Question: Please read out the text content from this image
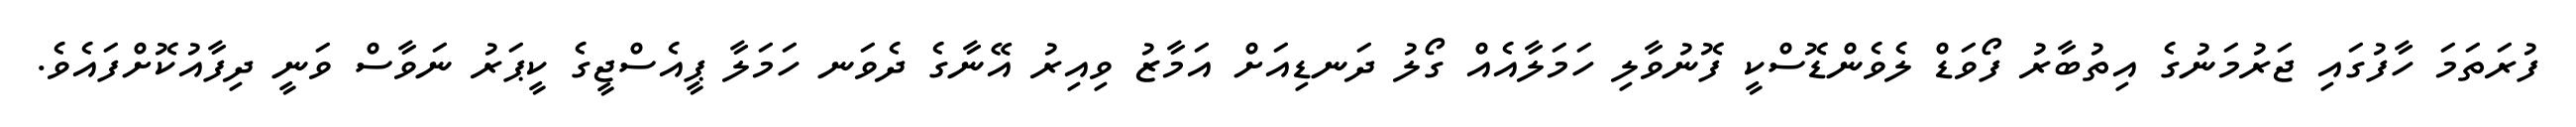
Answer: ފުރަތަމަ ހާފުގައި ޖަރުމަނުގެ އިތުބާރު ފޯވަޑް ލެވެންޑޮސްކީ ފޮނުވާލި ހަމަލާއެއް ގޯލު ދަނޑިއަށް އަމާޒު ވިއިރު އޭނާގެ ދެވަނ ހަމަލާ ޕީއެސްޖީގެ ކީޕަރު ނަވާސް ވަނީ ދިފާއުކޮށްފައެވެ.